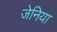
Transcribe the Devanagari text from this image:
जेनिया